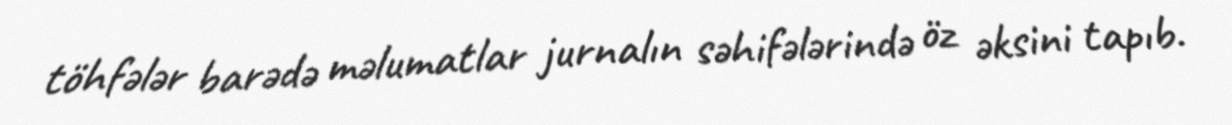
töhfələr barədə məlumatlar jurnalın səhifələrində öz əksini tapıb.